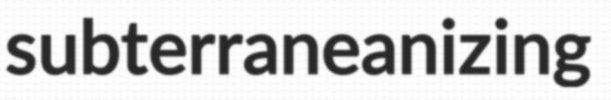
subterraneanizing